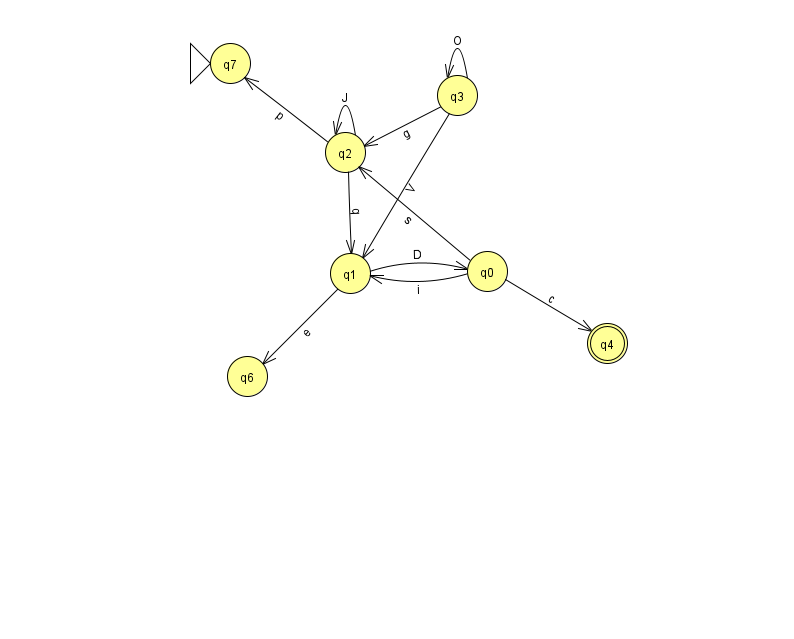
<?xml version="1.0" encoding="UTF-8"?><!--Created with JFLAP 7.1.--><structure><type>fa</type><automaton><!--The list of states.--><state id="0" name="q0"><x>487.0</x><y>258.0</y></state><state id="1" name="q1"><x>350.0</x><y>260.0</y></state><state id="2" name="q2"><x>345.0</x><y>139.0</y></state><state id="3" name="q3"><x>457.0</x><y>82.0</y></state><state id="4" name="q4"><x>607.0</x><y>330.0</y><final/></state><state id="6" name="q6"><x>247.0</x><y>363.0</y></state><state id="7" name="q7"><x>230.0</x><y>50.0</y><initial/></state><!--The list of transitions.--><transition><from>0</from><to>2</to><read>s</read></transition><transition><from>1</from><to>0</to><read>D</read></transition><transition><from>2</from><to>7</to><read>p</read></transition><transition><from>3</from><to>1</to><read>V</read></transition><transition><from>3</from><to>2</to><read>g</read></transition><transition><from>2</from><to>1</to><read>q</read></transition><transition><from>1</from><to>6</to><read>e</read></transition><transition><from>2</from><to>2</to><read>J</read></transition><transition><from>0</from><to>1</to><read>i</read></transition><transition><from>0</from><to>4</to><read>c</read></transition><transition><from>3</from><to>3</to><read>O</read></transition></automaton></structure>